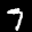
Label: 7